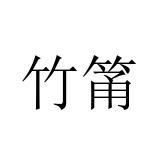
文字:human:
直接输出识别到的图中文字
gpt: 竹筩